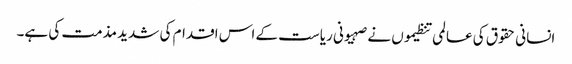
انسانی حقوق کی عالمی تنظیموں نے صہیونی ریاست کے اس اقدام کی شدید مذمت کی ہے۔